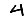
Digit: 4